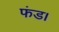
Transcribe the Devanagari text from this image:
फंड।